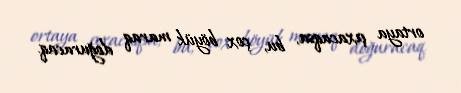
ortaya çıxacaqsa, bu, çox böyük maraq doğuracaq.